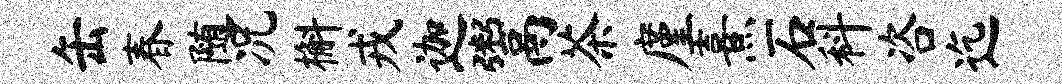
缶春随况槲戎迦鬻茶廑熹石科咨迄